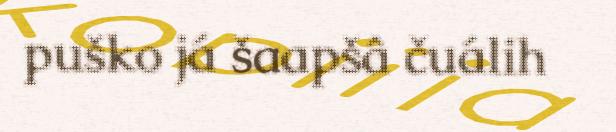
puško já šaapšâ čuálih